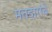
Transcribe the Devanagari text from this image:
मतदारांचे